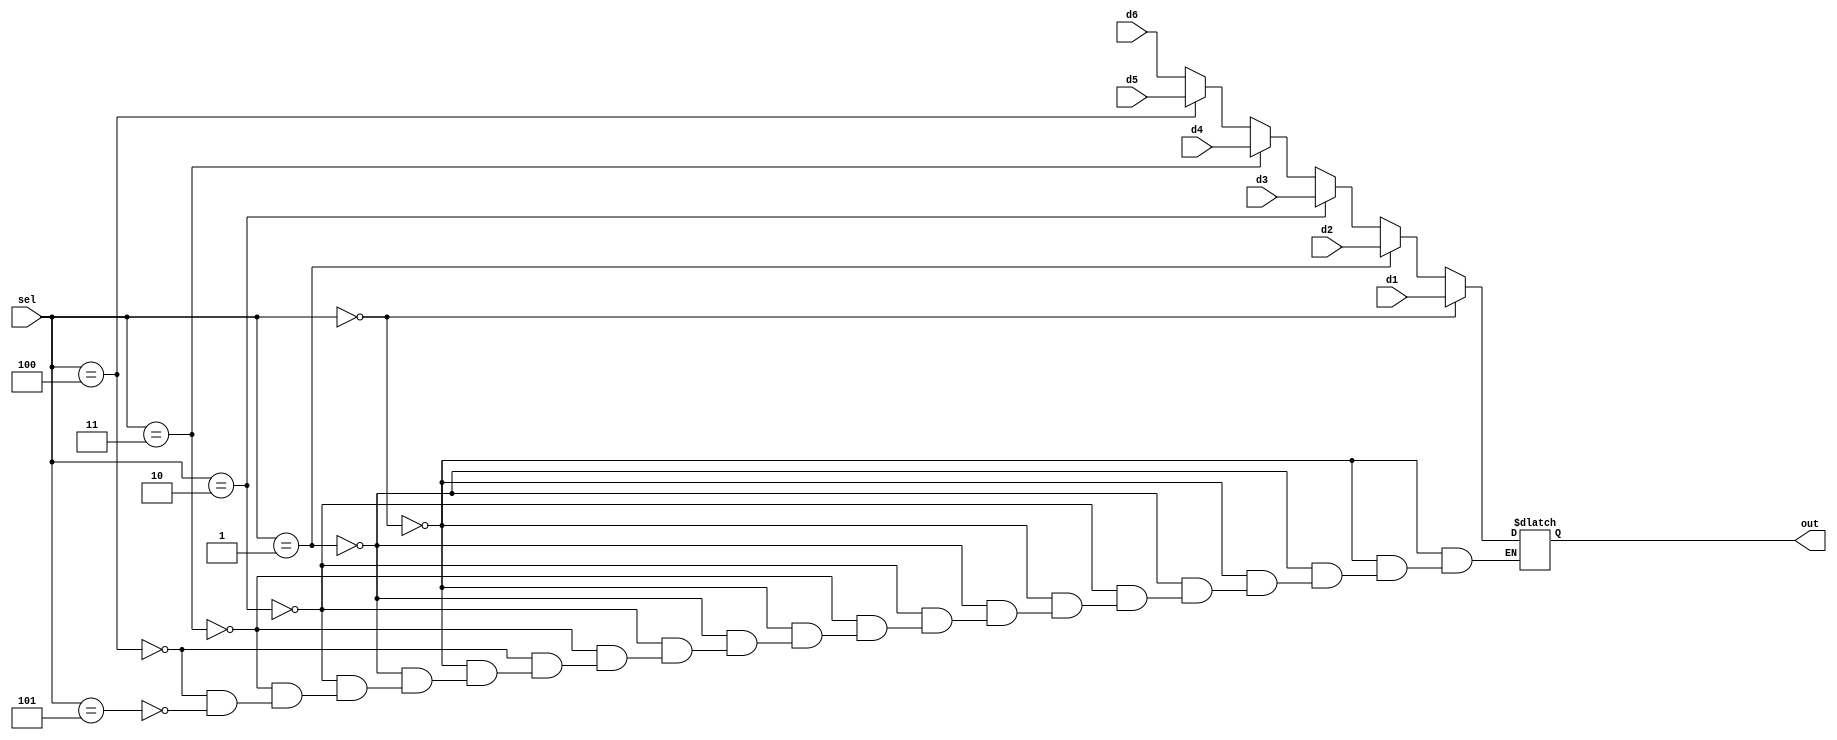
`timescale 1ns / 1ps
//////////////////////////////////////////////////////////////////////////////////
// Company: 
// Engineer: 
// 
// Design Name: 
// Module Name: SixToOneMux
// Project Name: 
// Target Devices: 
// Tool Versions: 
// Description: 
// 
// Dependencies: 
// 
// Revision:
// Revision 0.01 - File Created
// Additional Comments:
// 
//////////////////////////////////////////////////////////////////////////////////


module SixToOneMux(d1, d2, d3, d4, d5, d6, sel, out);

input [31:0] d1, d2, d3, d4, d5, d6;
input[2:0] sel;
output reg [31:0] out;

always@(d1,d2, d3, d4, d5, d6, sel)
begin

    if( sel==3'b000)
        out=d1;
    else if (sel==3'b001)
        out=d2;
    else if(sel==3'b010)
        out=d3;
    else if(sel==3'b011)
        out=d4;
    else if (sel==3'b100)
        out=d5;
    else if (sel==3'b101)
        out=d6;
end
    
endmodule